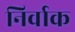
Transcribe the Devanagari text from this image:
निर्वाक